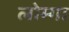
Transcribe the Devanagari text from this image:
लोम्गा